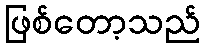
ဖြစ်တော့သည်